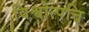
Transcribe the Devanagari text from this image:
विश्वोत्पत्ति